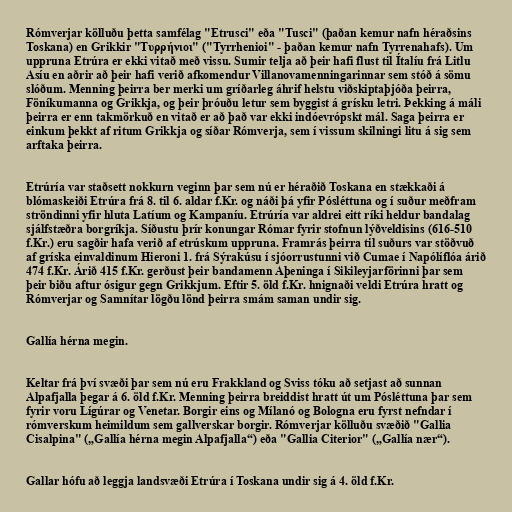
Rómverjar kölluðu þetta samfélag "Etrusci" eða "Tusci" (þaðan kemur nafn héraðsins
Toskana) en Grikkir "Τυρρήνιοι" ("Tyrrhenioi" - þaðan kemur nafn Tyrrenahafs). Um
uppruna Etrúra er ekki vitað með vissu. Sumir telja að þeir hafi flust til Ítalíu frá Litlu
Asíu en aðrir að þeir hafi verið afkomendur Villanovamenningarinnar sem stóð á sömu
slóðum. Menning þeirra ber merki um gríðarleg áhrif helstu viðskiptaþjóða þeirra,
Föníkumanna og Grikkja, og þeir þróuðu letur sem byggist á grísku letri. Þekking á máli
þeirra er enn takmörkuð en vitað er að það var ekki indóevrópskt mál. Saga þeirra er
einkum þekkt af ritum Grikkja og síðar Rómverja, sem í vissum skilningi litu á sig sem
arftaka þeirra.

Etrúría var staðsett nokkurn veginn þar sem nú er héraðið Toskana en stækkaði á
blómaskeiði Etrúra frá 8. til 6. aldar f.Kr. og náði þá yfir Pósléttuna og í suður meðfram
ströndinni yfir hluta Latíum og Kampaníu. Etrúría var aldrei eitt ríki heldur bandalag
sjálfstæðra borgríkja. Síðustu þrír konungar Rómar fyrir stofnun lýðveldisins (616-510
f.Kr.) eru sagðir hafa verið af etrúskum uppruna. Framrás þeirra til suðurs var stöðvuð
af gríska einvaldinum Hieroni 1. frá Sýrakúsu í sjóorrustunni við Cumae í Napólíflóa árið
474 f.Kr. Árið 415 f.Kr. gerðust þeir bandamenn Aþeninga í Sikileyjarförinni þar sem
þeir biðu aftur ósigur gegn Grikkjum. Eftir 5. öld f.Kr. hnignaði veldi Etrúra hratt og
Rómverjar og Samnítar lögðu lönd þeirra smám saman undir sig.

Gallía hérna megin.

Keltar frá því svæði þar sem nú eru Frakkland og Sviss tóku að setjast að sunnan
Alpafjalla þegar á 6. öld f.Kr. Menning þeirra breiddist hratt út um Pósléttuna þar sem
fyrir voru Lígúrar og Venetar. Borgir eins og Mílanó og Bologna eru fyrst nefndar í
rómverskum heimildum sem gallverskar borgir. Rómverjar kölluðu svæðið "Gallia
Cisalpina" („Gallía hérna megin Alpafjalla“) eða "Gallia Citerior" („Gallía nær“).

Gallar hófu að leggja landsvæði Etrúra í Toskana undir sig á 4. öld f.Kr.